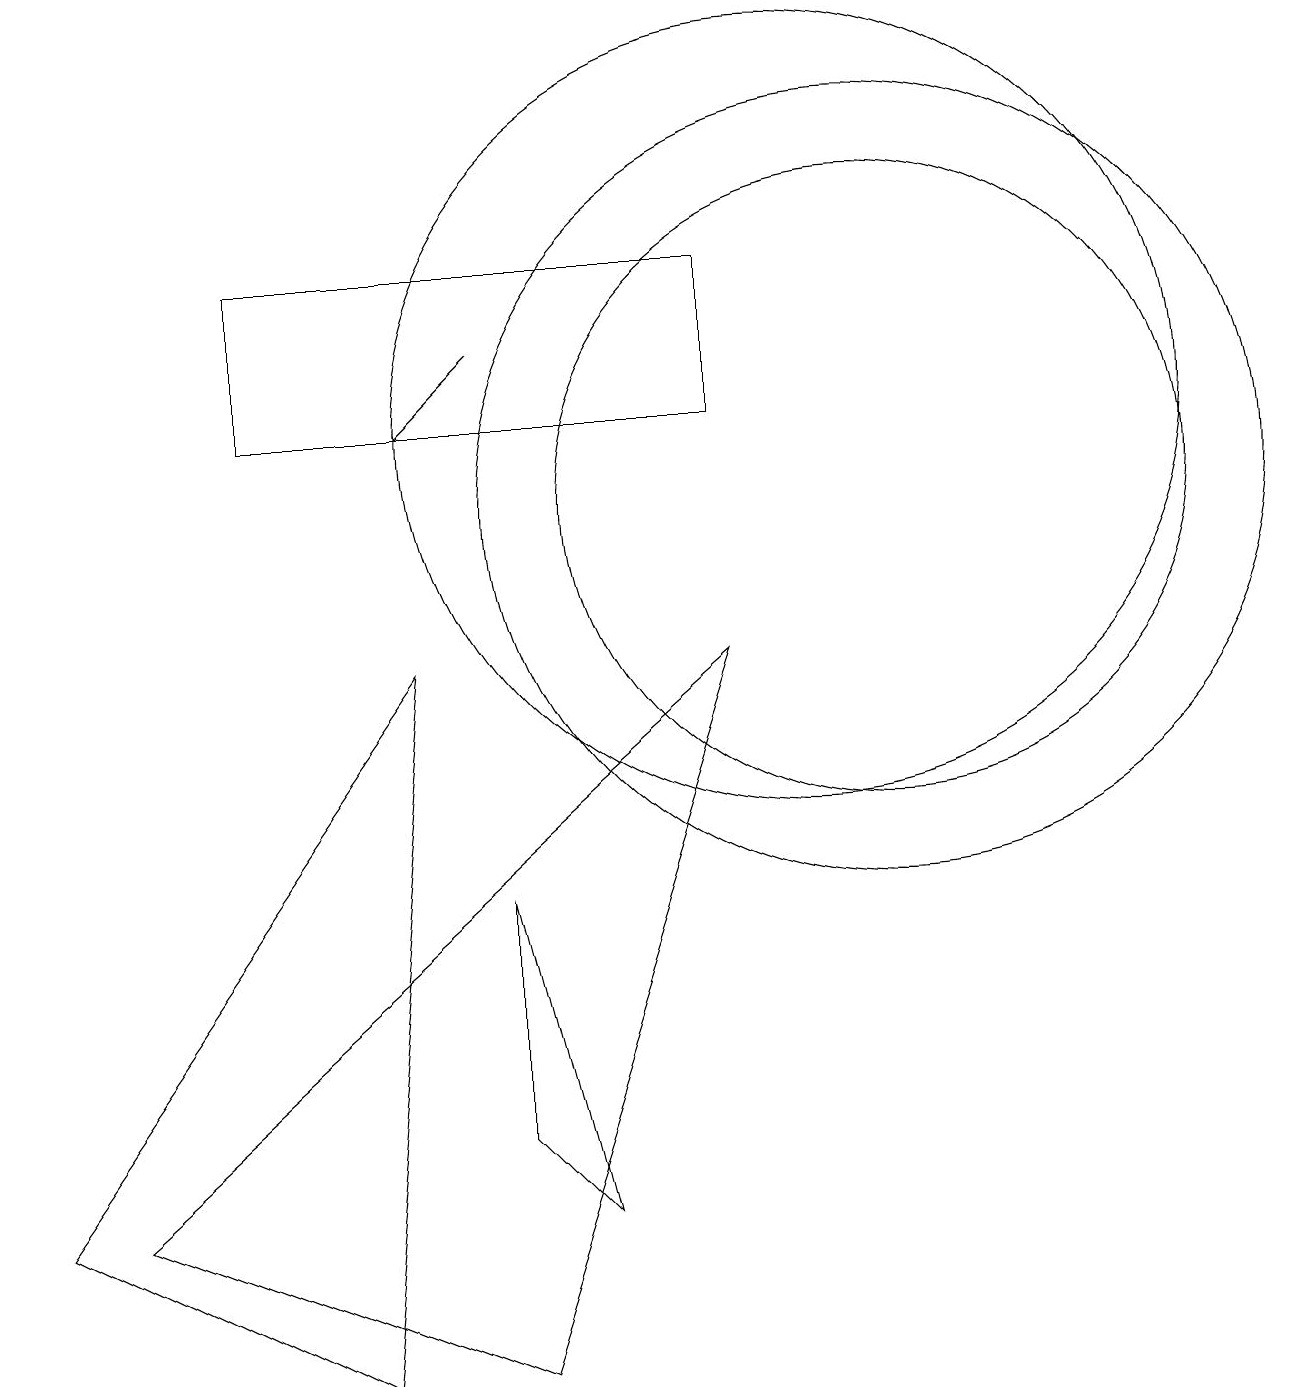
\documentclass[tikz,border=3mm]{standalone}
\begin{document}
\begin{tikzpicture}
\draw (10,12) circle (5);
\draw (11,11) circle (5);
\draw (3,12) rectangle (9,14);
\draw (9,9) -- (1,2) -- (6,0) -- cycle;
\draw[->] (6,13) -- (5,12);
\draw (11,11) circle (4);
\draw (5,9) -- (4,0) -- (0,2) -- cycle;
\draw (7,2) -- (6,3) -- (6,6) -- cycle;
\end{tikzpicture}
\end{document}